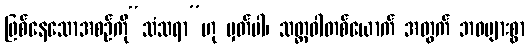
ဖြစ်နေသောအစဉ်ကို“သံသရာ”ဟု မှတ်ပါ၊ သတ္တဝါတစ်ယောက် အတွက် ဘဝများစွာ